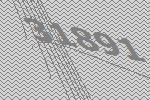
31891